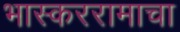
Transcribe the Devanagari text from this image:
भास्कररामाचा